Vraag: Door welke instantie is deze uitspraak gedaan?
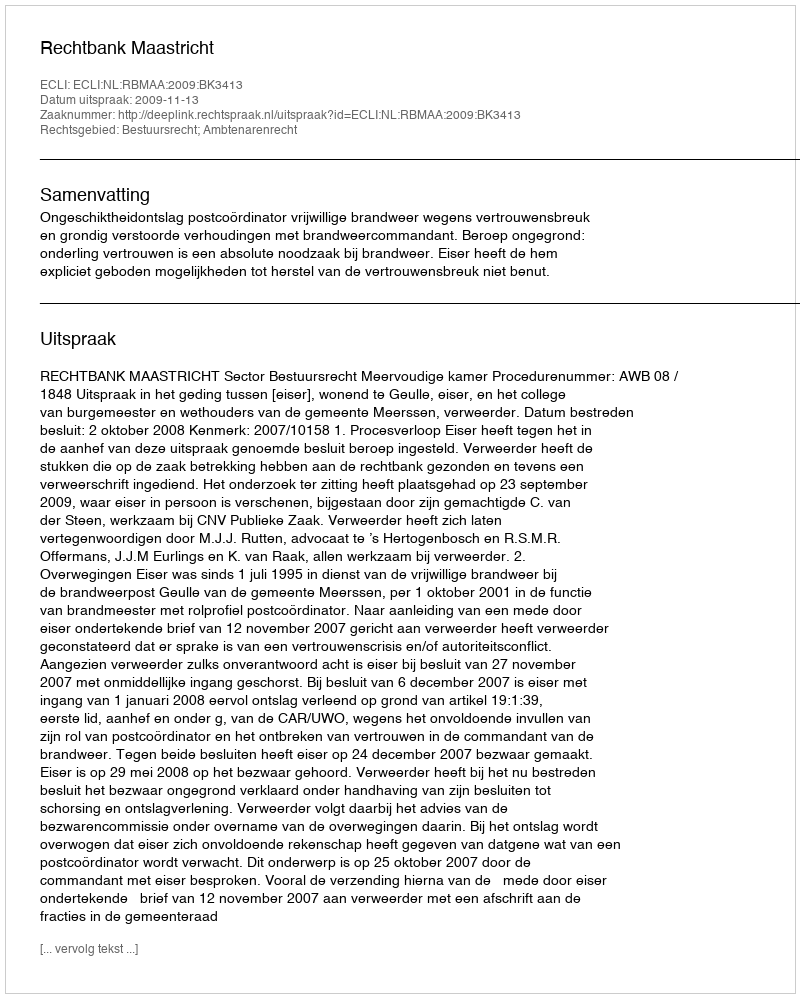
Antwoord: Rechtbank Maastricht